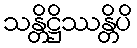
သန္တိဋ္ဌိဿန္တိပိ